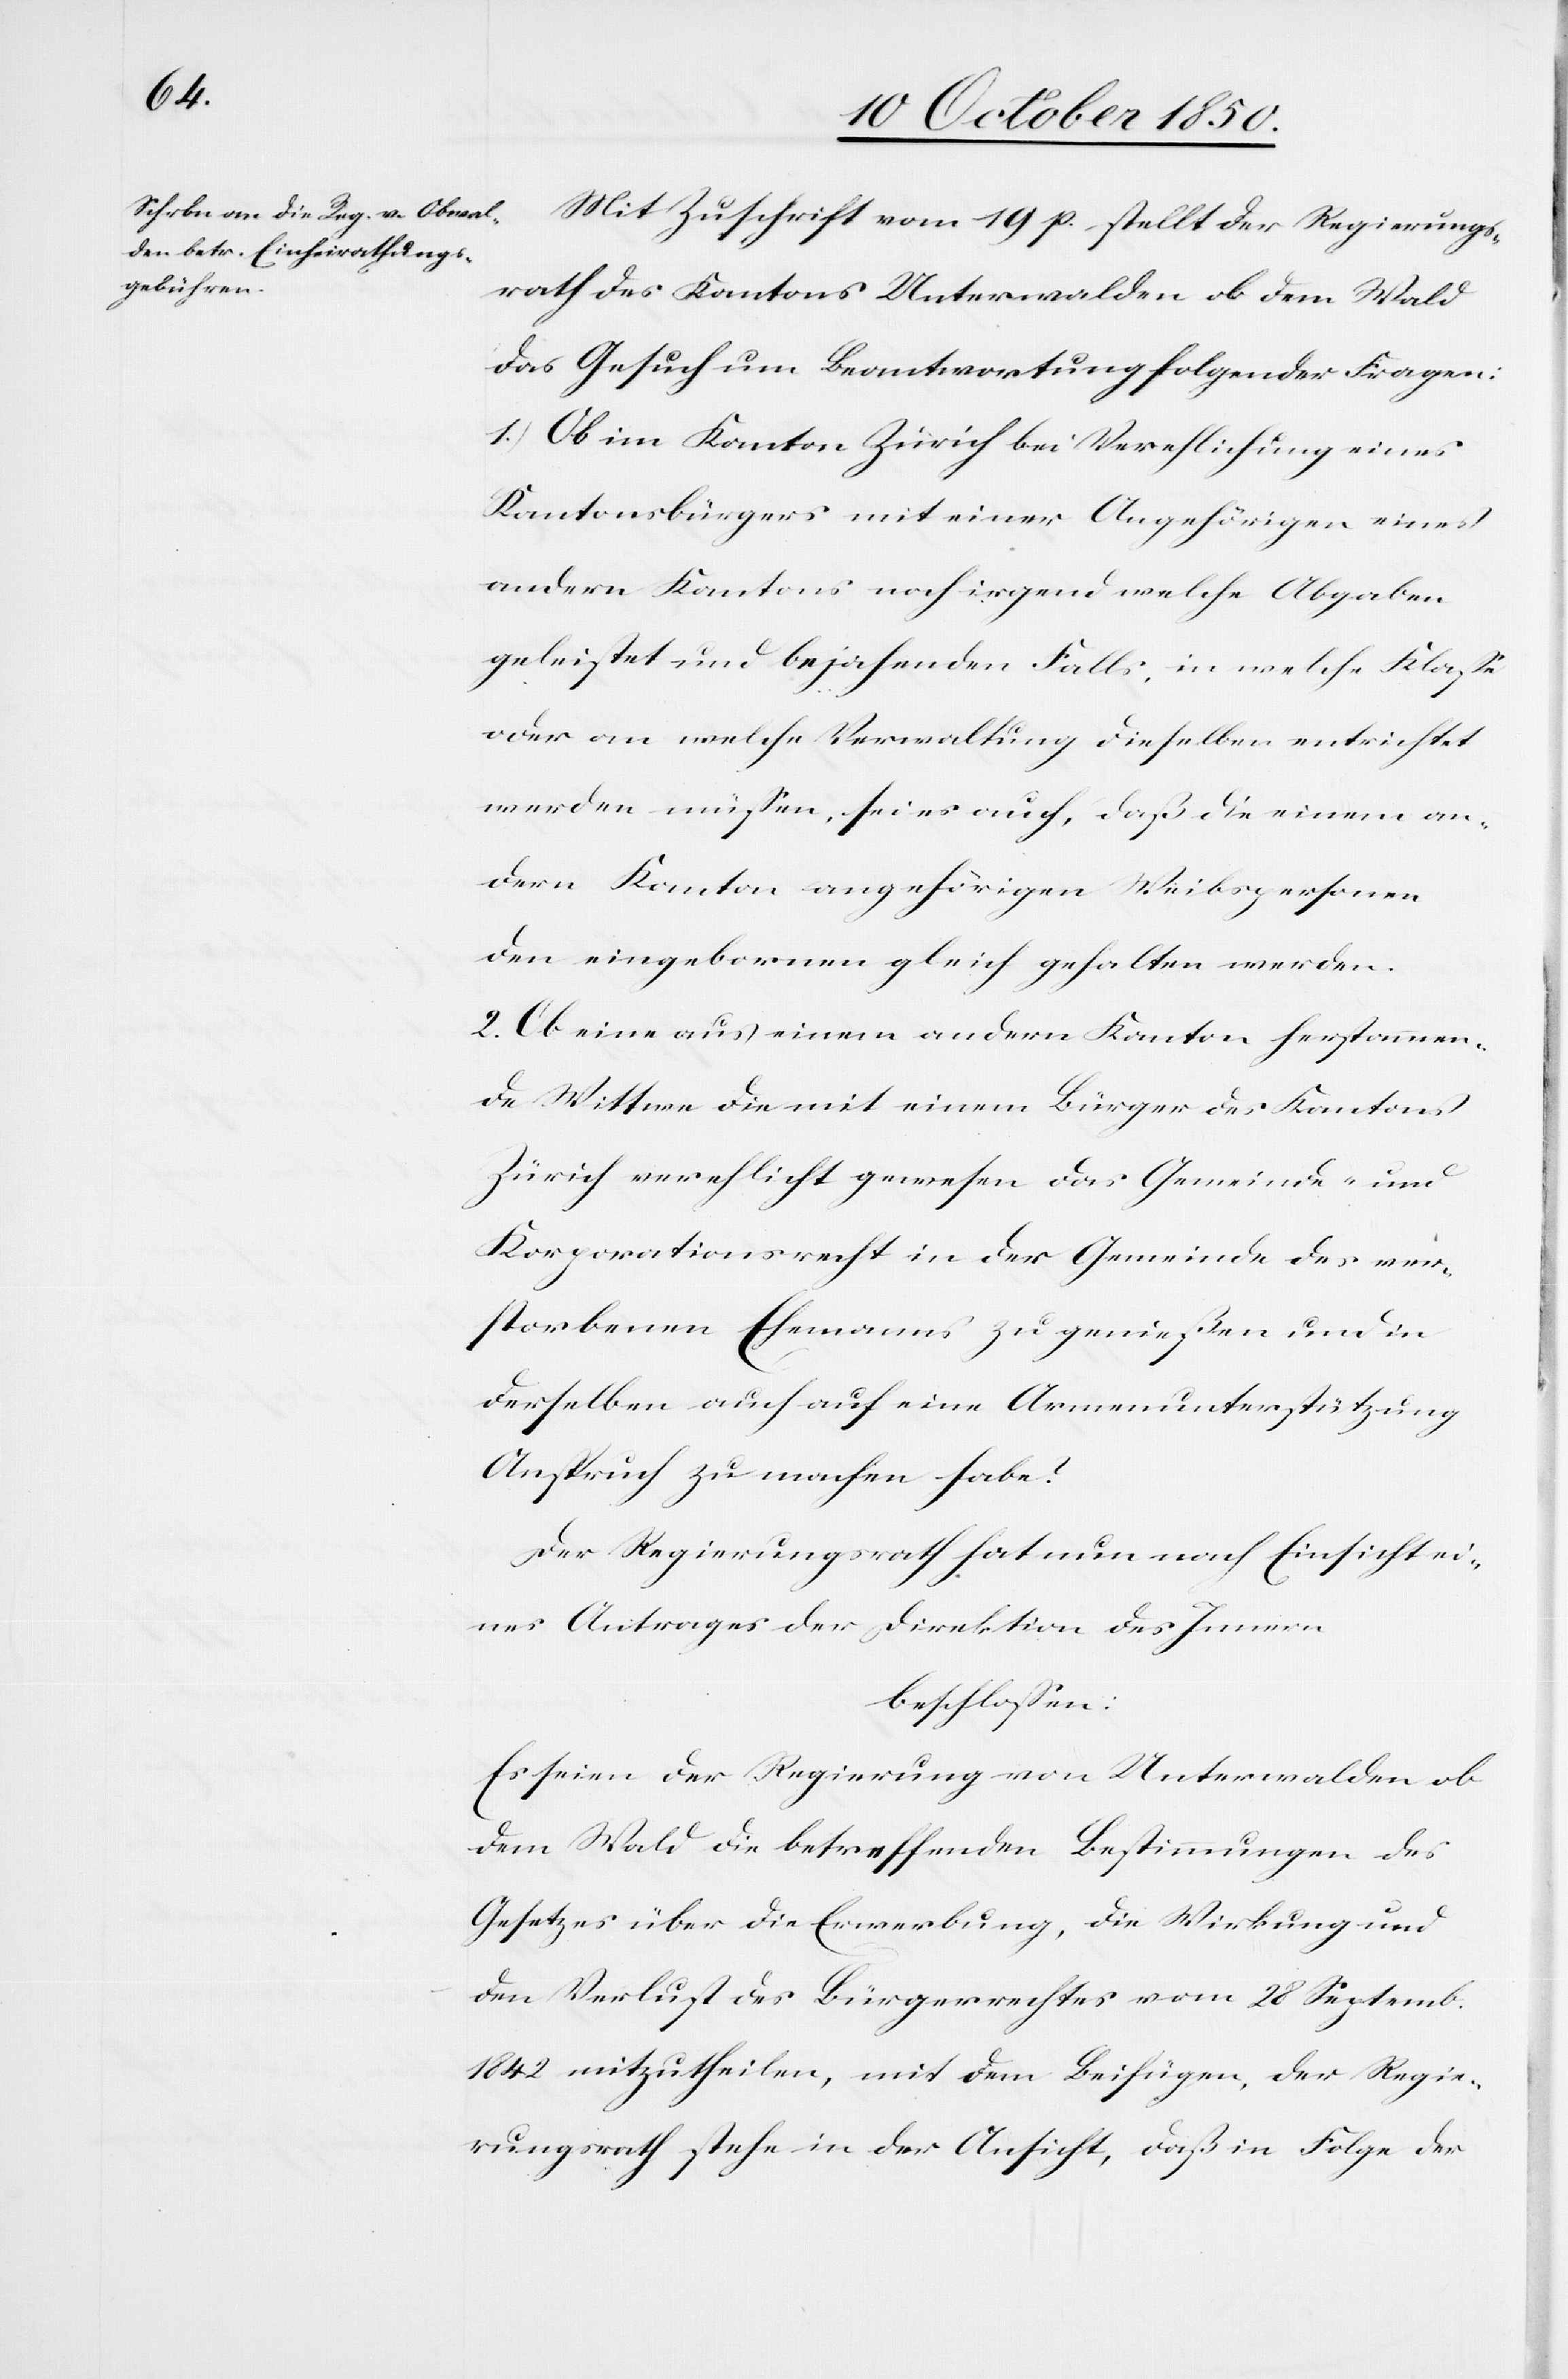
Mit Zuschrift vom 19 p. stellt der Regierungs¬
rath des Kantons Unterwalden ob dem Wald
das Gesuch um Beantwortung folgender Fragen:
1.) Ob im Kanton Zürich bei Verehlichung eines
Kantonsbürgers mit einer Angehörigen eines
andern Kantons noch irgend welche Abgaben
geleistet und bejahenden Falls, in welche Klasse
oder an welche Verwaltung dieselben entrichtet
werden müssen, sei es auch, daß die einem an¬
dern Kanton angehörigen Weibspersonen
den eingebornen gleich gehalten werden.
2.) Ob eine aus einem andern Kanton herstammen¬
de Wittwe die mit einem Bürger des Kantons
Zürich verehlicht gewesen das Gemeinde- und
Korporationsrecht in der Gemeinde des ver¬
storbenen Ehemanns zu genießen und in
derselben auch auf eine Armenunterstützung
Anspruch zu machen habe?
Der Regierungsrath hat nun nach Einsicht ei¬
nes Antrages der Direktion des Innern
beschlossen:
Es seien der Regierung von Unterwalden ob
dem Wald die betreffenden Bestimmungen des
Gesetzes über die Erwerbung, die Wirkung und
den Verlust des Bürgerrechtes vom 28 Septemb.
1842 mitzutheilen, mit dem Beifügen, der Regie¬
rungsrath stehe in der Ansicht, daß in Folge der